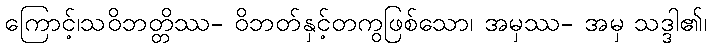
ကြောင့်၊သဝိဘတ္တိဿ- ဝိဘတ်နှင့်တကွဖြစ်သော၊ အမှဿ- အမှ သဒ္ဒါ၏၊